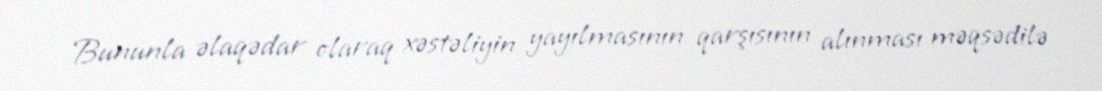
Bununla əlaqədar olaraq xəstəliyin yayılmasının qarşısının alınması məqsədilə